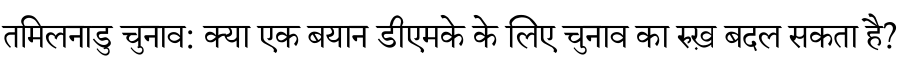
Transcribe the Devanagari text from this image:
तमिलनाडु चुनाव: क्या एक बयान डीएमके के लिए चुनाव का रुख़ बदल सकता है?